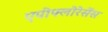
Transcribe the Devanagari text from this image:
एपीफ्लोरेसेंस